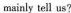
mainly tell us?